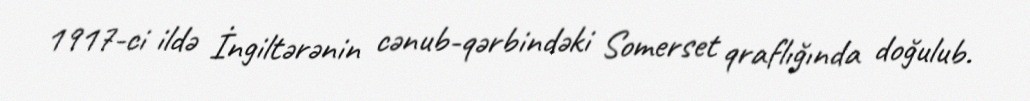
1917-ci ildə İngiltərənin cənub-qərbindəki Somerset qraflığında doğulub.